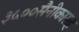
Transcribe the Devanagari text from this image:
३५००सैनीकासह